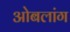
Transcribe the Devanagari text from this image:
ओबलांग